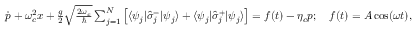
\begin{array} { r } { \dot { p } + \omega _ { c } ^ { 2 } x + \frac { g } { 2 } \sqrt { \frac { 2 \omega _ { c } } { \hbar } } \sum _ { j = 1 } ^ { N } \left[ \langle \psi _ { j } | \hat { \sigma } _ { j } ^ { - } | \psi _ { j } \rangle + \langle \psi _ { j } | \hat { \sigma } _ { j } ^ { + } | \psi _ { j } \rangle \right] = f ( t ) - \eta _ { c } p ; \quad f ( t ) = A \cos ( \omega t ) , } \end{array}